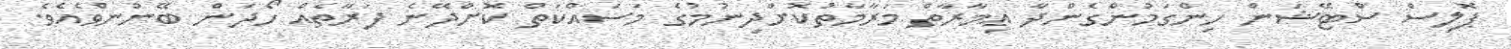
ޕޮލިސް ސްޓޭޝަން ހިންގަމުންގެންދާ ޢިމާރާތް މަރާމާތުކޮށްދިނުމުގެ މަސައްކަތް ކޮށްދޭނެ ފަރާތެއް ހޯދަން ބޭނުންވެއެވެ.